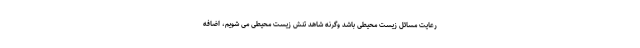
رعایت مسائل زیست محیطی باشد وگرنه شاهد تنش زیست محیطی می شویم، اضافه